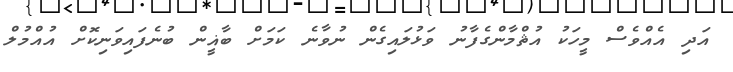
އަދި އެއްވެސް މީހަކު އުޘްމާންގެފާނު ވަޅުލައިގެން ނުވާނެ ކަމަށް ބާޣީން ބުނެފައިވަނިކޮށް އުއްމުލް